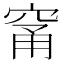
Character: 𥦁